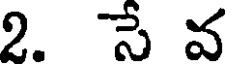
2. సే వ